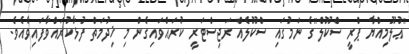
"ޢުލޫމިއްޔާ ޕްރީ ސްކޫލް"ގެ ނަމުގައި ސްކޫލެއް ރަޖިސްޓަރީ ކުރައްވައިގެން މި ޚިދުމަތް ފުޅާކުރައްވާފައިވެއެވެ.